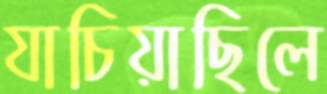
যাচিয়াছিলে